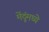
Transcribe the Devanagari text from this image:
मेंदूंमध्ये